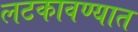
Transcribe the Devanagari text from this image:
लटकावण्यात